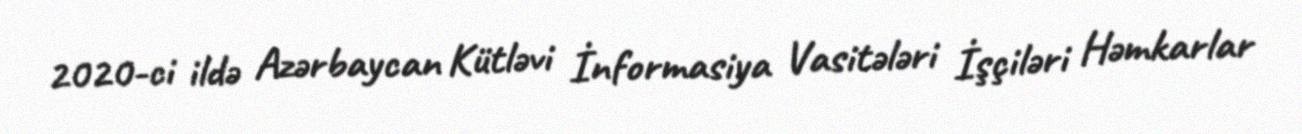
2020-ci ildə Azərbaycan Kütləvi İnformasiya Vasitələri İşçiləri Həmkarlar